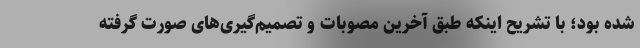
شده بود؛ با تشریح اینکه طبق آخرین مصوبات و تصمیم‌گیری‌های صورت گرفته